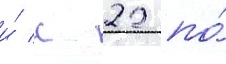
и́ с 22 по́